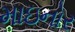
માઇનોર